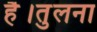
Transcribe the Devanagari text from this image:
है।तुलना